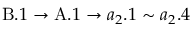
\mathrm { B } . 1 \rightarrow \mathrm { A } . 1 \rightarrow { a } _ { 2 } . 1 \sim { a } _ { 2 } . 4